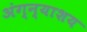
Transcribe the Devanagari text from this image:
अंग्न्याशय